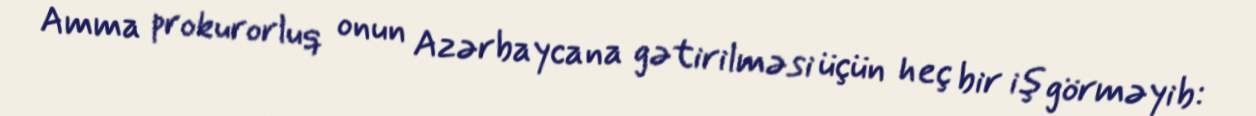
Amma prokurorluq onun Azərbaycana gətirilməsi üçün heç bir iş görməyib: